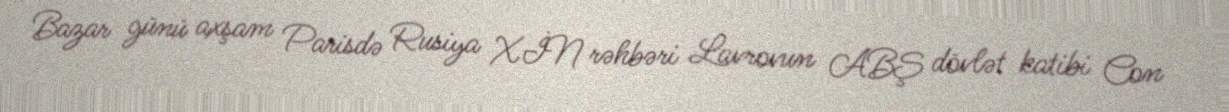
Bazar günü axşam Parisdə Rusiya XİN rəhbəri Lavrovun ABŞ dövlət katibi Con